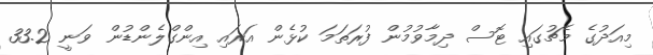
މިއަދުގެ މެޗުގައި ޓޮސް ދިމާވުމުން ފުރަތަމަ ކުޅެން އަރައި އިންގްލެންޑުން ވަނީ 33.2